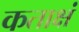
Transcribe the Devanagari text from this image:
कताक्षं